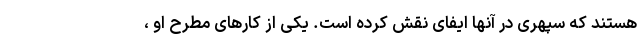
هستند که سپهری در آنها ایفای نقش کرده است. یکی از کارهای مطرح او ،